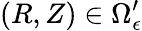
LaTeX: (R,Z)\in\Omega_{\epsilon}^{\prime}